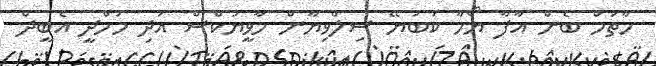
ހާތަމް ބެން އާފާ ޔޯހާ ކަބަޔޭ ސިލްވިޔާން މާވީޔުކްސް އަދި މަހްދީ އެބީދް